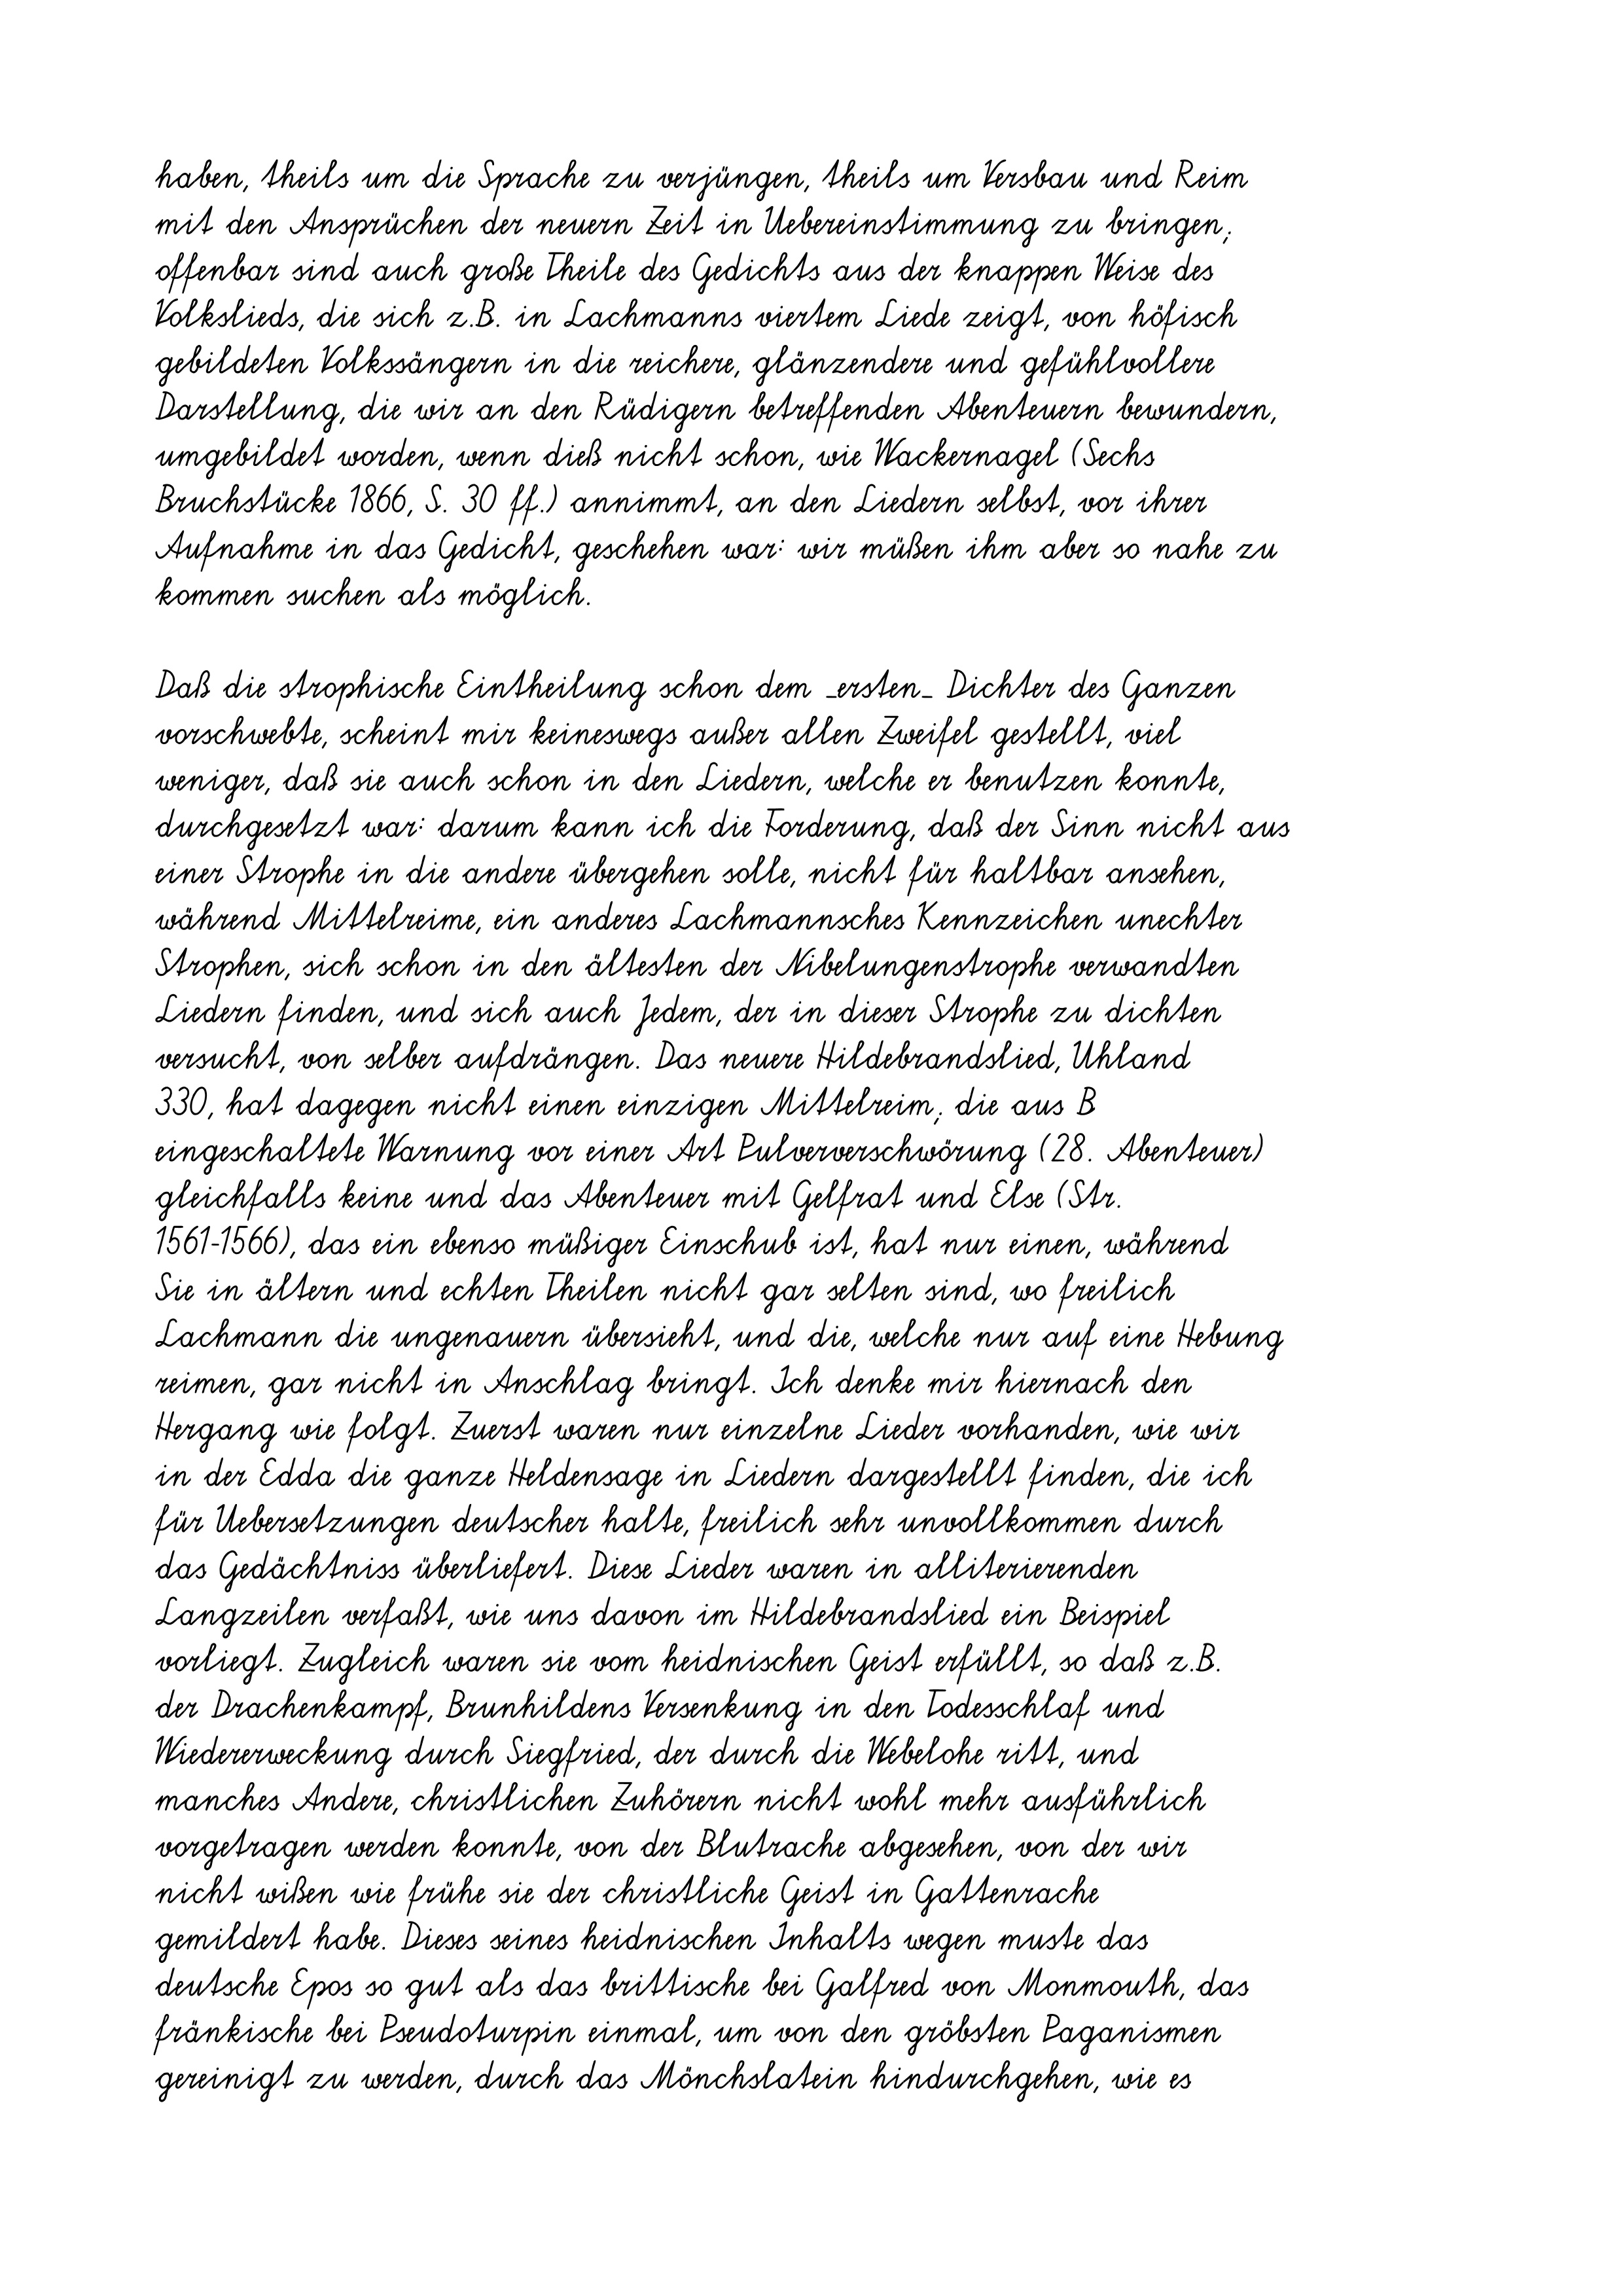
haben, theils um die Sprache zu verjüngen, theils um Versbau und Reim
mit den Ansprüchen der neuern Zeit in Uebereinstimmung zu bringen;
offenbar sind auch große Theile des Gedichts aus der knappen Weise des
Volkslieds, die sich z.B. in Lachmanns viertem Liede zeigt, von höfisch
gebildeten Volkssängern in die reichere, glänzendere und gefühlvollere
Darstellung, die wir an den Rüdigern betreffenden Abenteuern bewundern,
umgebildet worden, wenn dieß nicht schon, wie Wackernagel (Sechs
Bruchstücke 1866, S. 30 ff.) annimmt, an den Liedern selbst, vor ihrer
Aufnahme in das Gedicht, geschehen war: wir müßen ihm aber so nahe zu
kommen suchen als möglich.
Daß die strophische Eintheilung schon dem _ersten_ Dichter des Ganzen
vorschwebte, scheint mir keineswegs außer allen Zweifel gestellt, viel
weniger, daß sie auch schon in den Liedern, welche er benutzen konnte,
durchgesetzt war: darum kann ich die Forderung, daß der Sinn nicht aus
einer Strophe in die andere übergehen solle, nicht für haltbar ansehen,
während Mittelreime, ein anderes Lachmannsches Kennzeichen unechter
Strophen, sich schon in den ältesten der Nibelungenstrophe verwandten
Liedern finden, und sich auch Jedem, der in dieser Strophe zu dichten
versucht, von selber aufdrängen. Das neuere Hildebrandslied, Uhland
330, hat dagegen nicht einen einzigen Mittelreim; die aus B
eingeschaltete Warnung vor einer Art Pulververschwörung (28. Abenteuer)
gleichfalls keine und das Abenteuer mit Gelfrat und Else (Str.
1561-1566), das ein ebenso müßiger Einschub ist, hat nur einen, während
Sie in ältern und echten Theilen nicht gar selten sind, wo freilich
Lachmann die ungenauern übersieht, und die, welche nur auf eine Hebung
reimen, gar nicht in Anschlag bringt. Ich denke mir hiernach den
Hergang wie folgt. Zuerst waren nur einzelne Lieder vorhanden, wie wir
in der Edda die ganze Heldensage in Liedern dargestellt finden, die ich
für Uebersetzungen deutscher halte, freilich sehr unvollkommen durch
das Gedächtniss überliefert. Diese Lieder waren in alliterierenden
Langzeilen verfaßt, wie uns davon im Hildebrandslied ein Beispiel
vorliegt. Zugleich waren sie vom heidnischen Geist erfüllt, so daß z.B.
der Drachenkampf, Brunhildens Versenkung in den Todesschlaf und
Wiedererweckung durch Siegfried, der durch die Webelohe ritt, und
manches Andere, christlichen Zuhörern nicht wohl mehr ausführlich
vorgetragen werden konnte, von der Blutrache abgesehen, von der wir
nicht wißen wie frühe sie der christliche Geist in Gattenrache
gemildert habe. Dieses seines heidnischen Inhalts wegen muste das
deutsche Epos so gut als das brittische bei Galfred von Monmouth, das
fränkische bei Pseudoturpin einmal, um von den gröbsten Paganismen
gereinigt zu werden, durch das Mönchslatein hindurchgehen, wie es